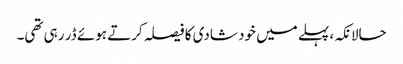
حالانکہ، پہلے میں خود شادی کا فیصلہ کرتے ہوئے ڈر رہی تھی۔